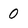
Character: 0